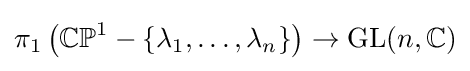
\pi _{1}\left(\mathbb {CP} ^{1}-\{\lambda _{1},\dots ,\lambda _{n}\}\right)\to \mathrm {GL} (n,\mathbb {C} )